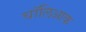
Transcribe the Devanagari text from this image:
चॉलिआक